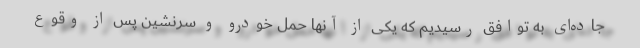
جاده‌ای به توافق رسیدیم که یکی از آنها حمل خودرو و سرنشین پس از وقوع